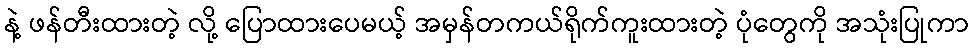
နဲ့ ဖန်တီးထားတဲ့ လို့ ပြောထားပေမယ့် အမှန်တကယ်ရိုက်ကူးထားတဲ့ ပုံတွေကို အသုံးပြုကာ